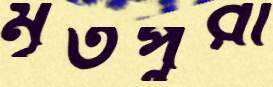
মৃতপুরী